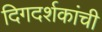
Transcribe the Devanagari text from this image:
दिगदर्शकांची